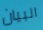
البيان